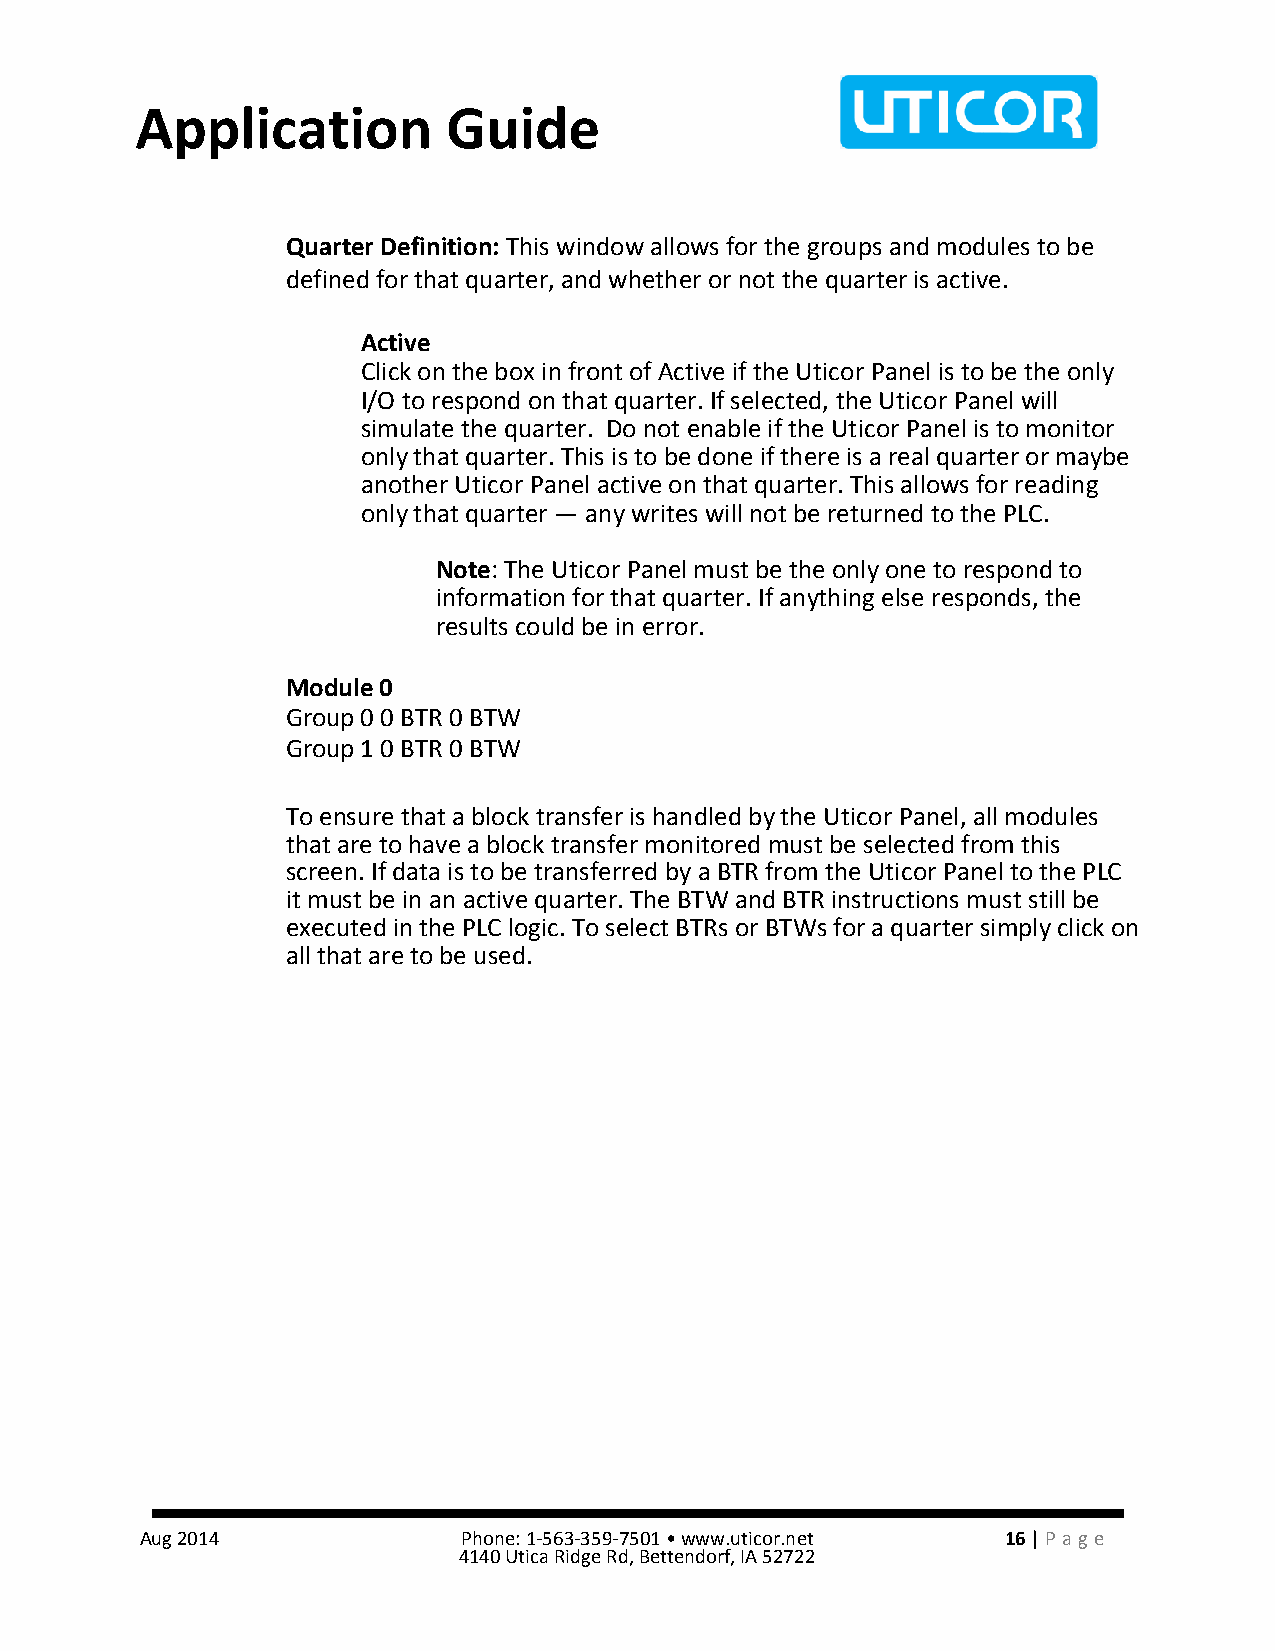
Application          Guide
 Quarter Definition: This window allows for the groups and modules to be
 defined for that quarter, and whether or not the quarter is active.
 Active
 Click on the box in front of Active if the Uticor Panel is to be the only
 I/O to respond on that quarter. If selected, the Uticor Panel will
 simulate the quarter. Do not enable if the Uticor Panel is to monitor
 only that quarter. This is to be done if there is a real quarter or maybe
 another Uticor Panel active on that quarter. This allows for reading
 only that quarter — any writes will not be returned to the PLC.
 Note: The Uticor Panel must be the only one to respond to
 information for that quarter. If anything else responds, the
 results could be in error.
 Module 0
 Group 0 0 BTR 0 BTW
 Group 1 0 BTR 0 BTW
 To ensure that a block transfer is handled by the Uticor Panel, all modules
 that are to have a block transfer monitored must be selected from this
 screen. If data is to be transferred by a BTR from the Uticor Panel to the PLC
 it must be in an active quarter. The BTW and BTR instructions must still be
 executed in the PLC logic. To select BTRs or BTWs for a quarter simply click on
 all that are to be used.
 Aug 2014              Phone: 1-563-359-7501 • www.uticor.net 16 | Pa ge
 4140 Utica Ridge Rd, Bettendorf, IA 52722